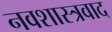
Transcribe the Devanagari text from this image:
नवशास्त्रवाद